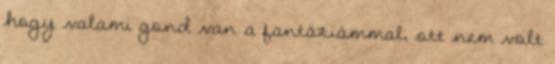
hogy valami gond van a fantáziámmal, ott nem volt